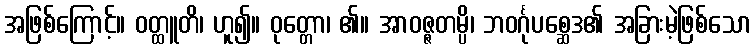
အဖြစ်ကြောင့်။ ဝတ္ထူတိ၊ ဟူ၍။ ဝုတ္တော၊ ၏။ အာဝဇ္ဇတမ္ပိ၊ ဘဝင်္ဂုပစ္ဆေဒ၏ အခြားမဲ့ဖြစ်သော